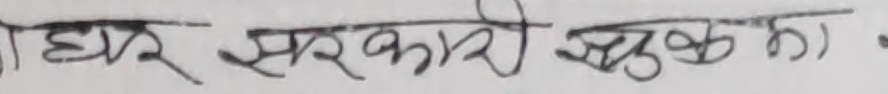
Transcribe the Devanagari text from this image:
घर सरकारी शुल्का)